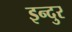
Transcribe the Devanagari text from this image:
इन्दुर